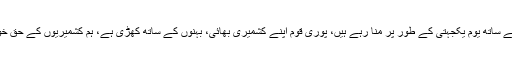
انہوں نے کہا کہ اس دفعہ یوم آزادی ہم کشمیریوں کے ساتھ یوم یکجہتی کے طور پر منا رہے ہیں، پوری قوم اپنے کشمیری بھائی، بہنوں کے ساتھ کھڑی ہے، ہم کشمیریوں کے حق خود ارادیت کی ہر فورم پر بھرپور حمایت کریں گے۔